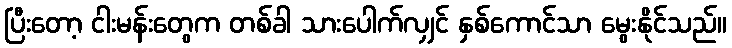
ပြီးတော့ ငါးမန်းတွေက တစ်ခါ သားပေါက်လျှင် နှစ်ကောင်သာ မွေးနိုင်သည်။